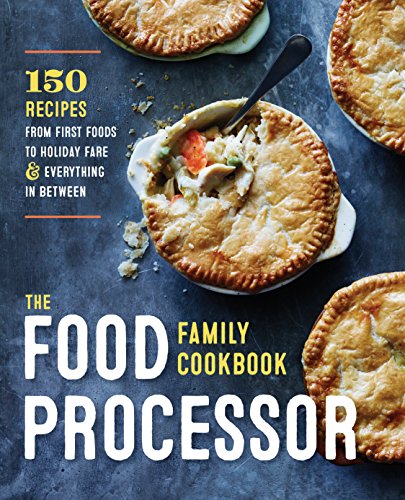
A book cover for The Food Processor Family Cookbook: 150 Recipes from First Foods to Holiday Fare and Everything in Between; Nicki Sizemore; Cookbooks, Food & Wine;